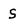
Character: s